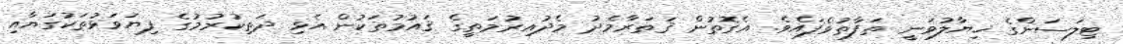
ޓިލަސަންގެ ޚިޔާލުވަނީ ތަފާތުވެފައެވެ. އެގޮތުން ޤަތަރާމެދު މެދުއިރުމަތީގެ ޤައުމުތަކުން އެޅި ދަތިކުރުމުގެ ފިޔަވަޅުތަކުގަޔާއި